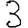
Digit: 3